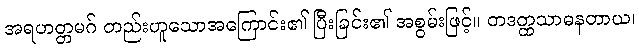
အရဟတ္တမဂ် တည်းဟူသောအကြောင်း၏ ပြီးခြင်း၏ အစွမ်းဖြင့်။ တဒတ္ထသာဓနတာယ၊